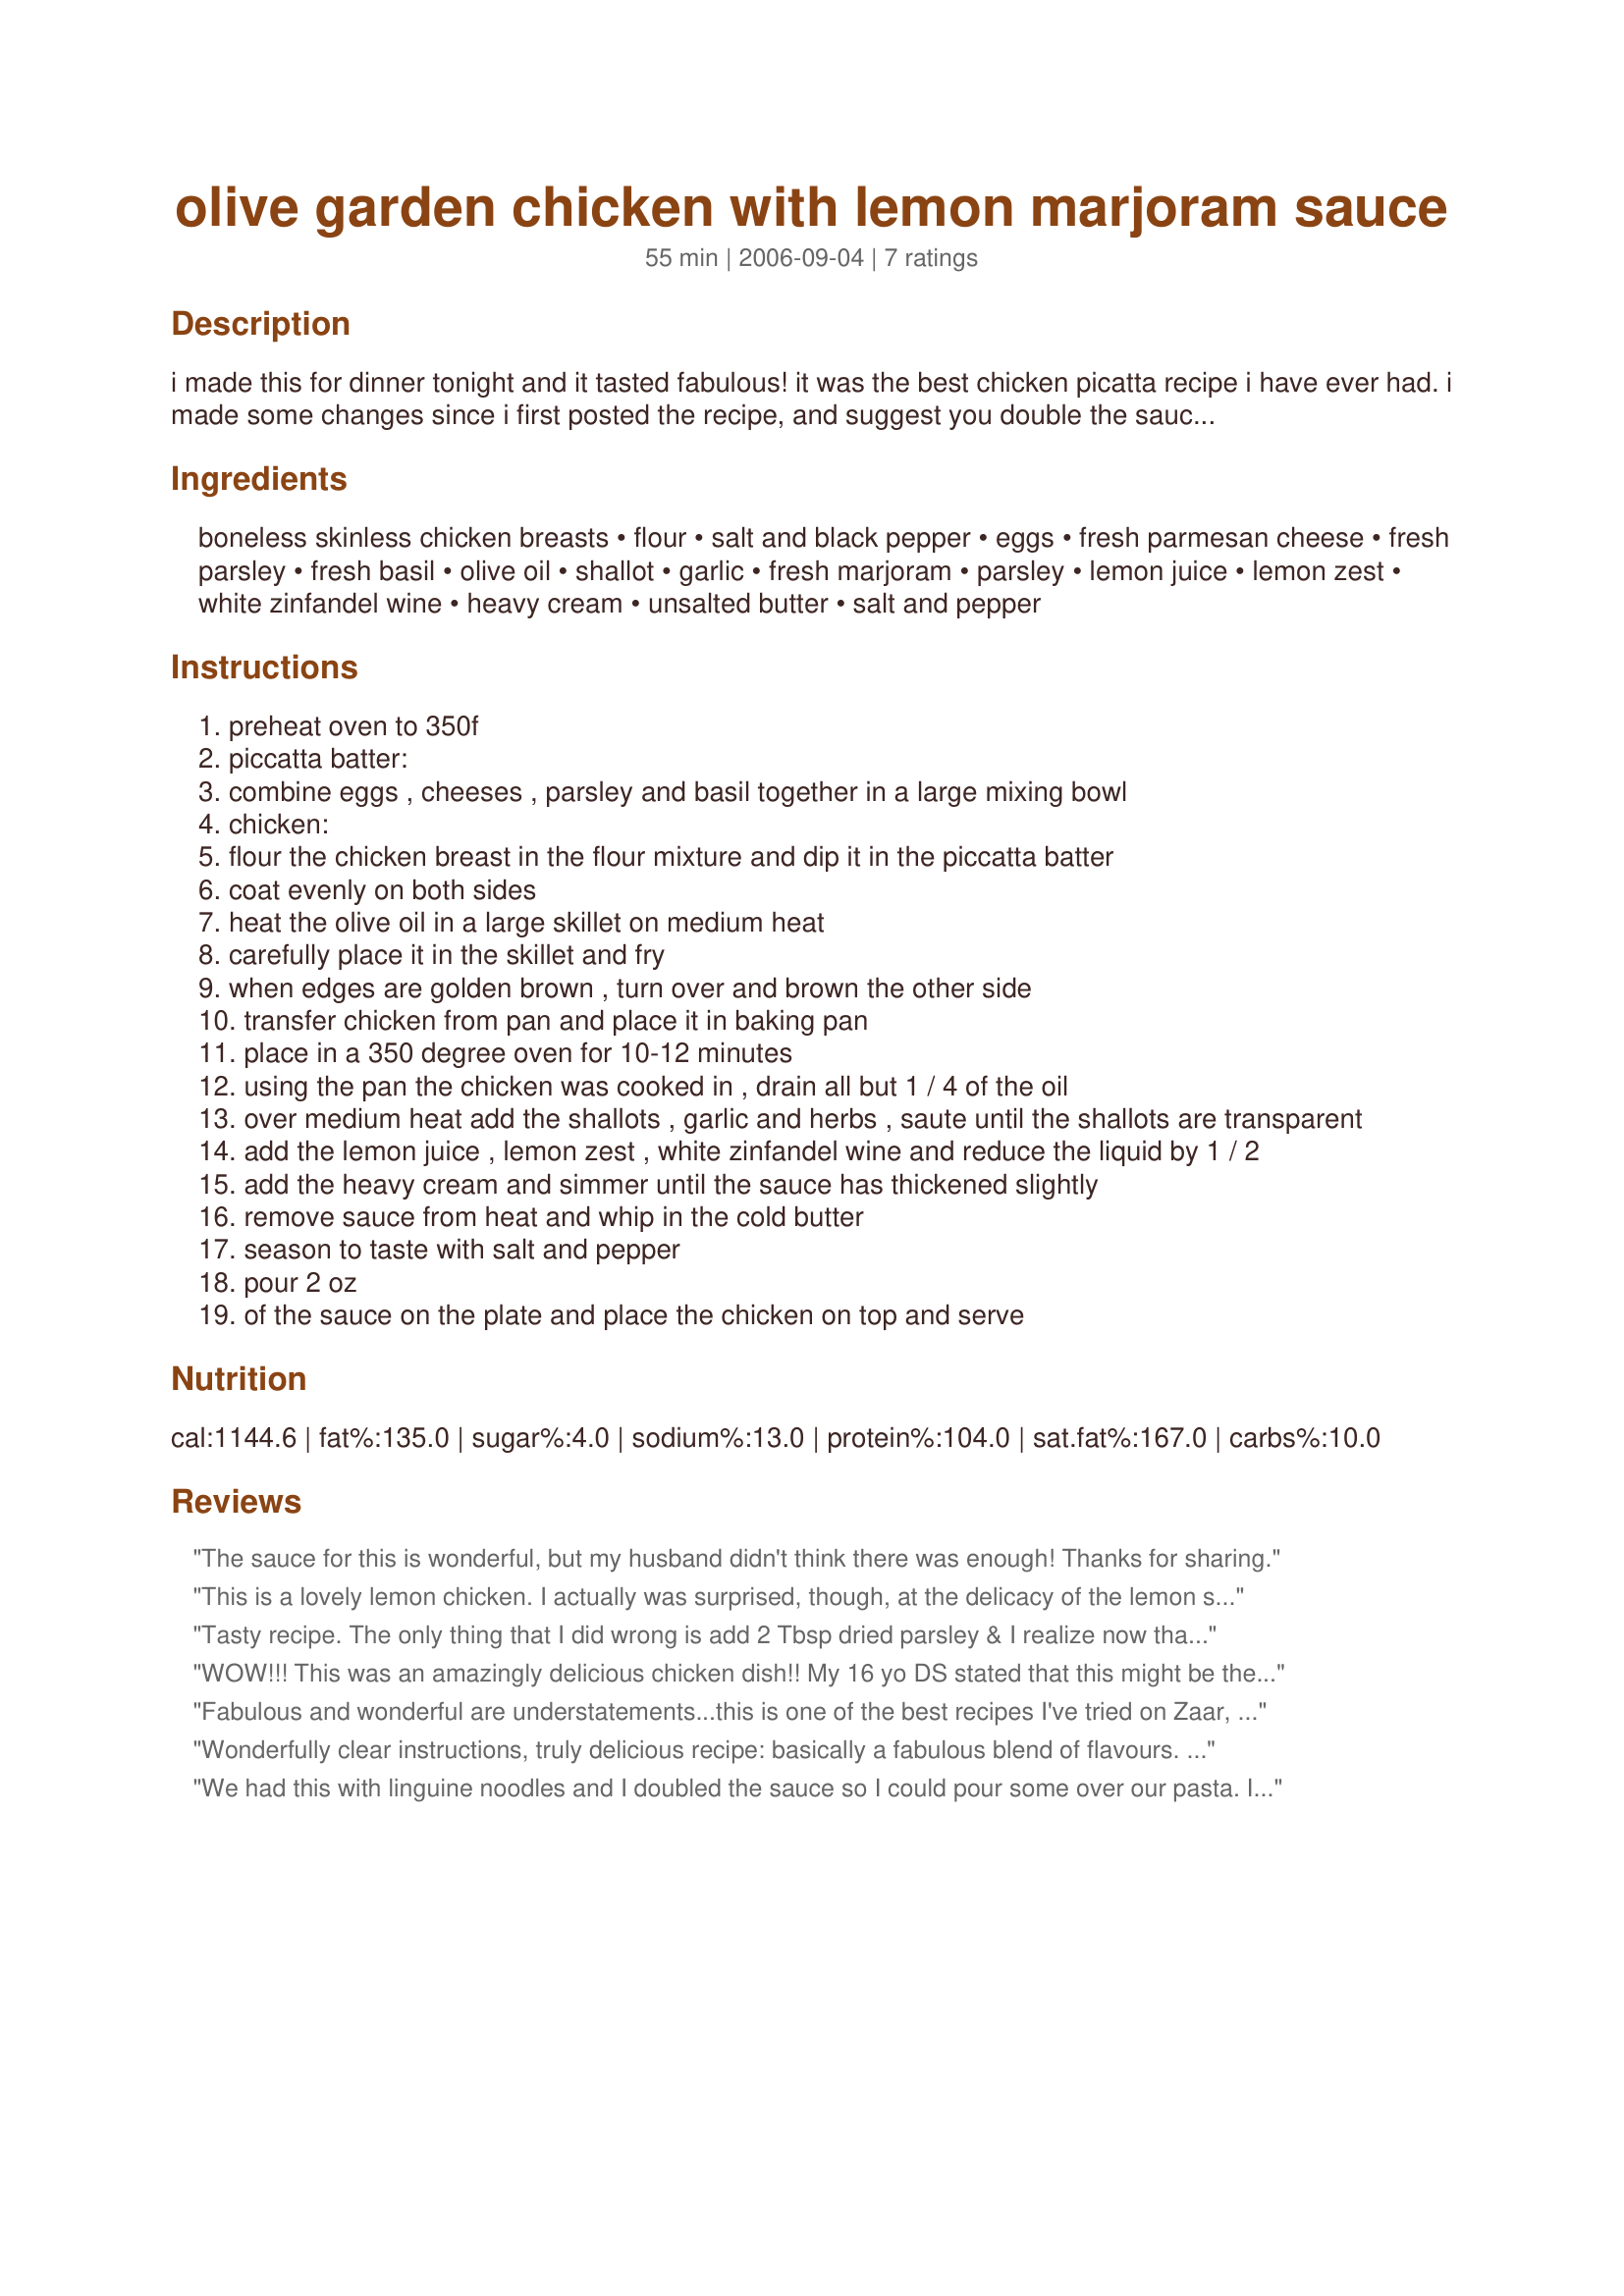
olive garden chicken with lemon marjoram sauce
Preparation time: 55 minutes

i made this for dinner tonight and it tasted fabulous! it was the best chicken picatta recipe i have ever had. i made some changes since i first posted the recipe, and suggest you double the sauce if you want to top pasta in addition to the chicken. personally, i serve it with garlic mashed potatoes. (i save the little garlic containers i get from papa john's pizza and mash them into my potatoes -- easy and yummy)

Ingredients:
boneless skinless chicken breasts, flour, salt and black pepper, eggs, fresh parmesan cheese, fresh parsley, fresh basil, olive oil, shallot, garlic, fresh marjoram, parsley, lemon juice, lemon zest, white zinfandel wine, heavy cream, unsalted butter, salt and pepper

Steps:
preheat oven to 350f
piccatta batter:
combine eggs , cheeses , parsley and basil together in a large mixing bowl
chicken:
flour the chicken breast in the flour mixture and dip it in the piccatta batter
coat evenly on both sides
heat the olive oil in a large skillet on medium heat
carefully place it in the skillet and fry
when edges are golden brown , turn over and brown the other side
transfer chicken from pan and place it in baking pan
place in a 350 degree oven for 10-12 minutes
using the pan the chicken was cooked in , drain all but 1 / 4 of the oil
over medium heat add the shallots , garlic and herbs , saute until the shallots are transparent
add the lemon juice , lemon zest , white zinfandel wine and reduce the liquid by 1 / 2
add the heavy cream and simmer until the sauce has thickened slightly
remove sauce from heat and whip in the cold butter
season to taste with salt and pepper
pour 2 oz
of the sauce on the plate and place the chicken on top and serve

Reviews:
The sauce for this is wonderful, but my husband didn't think there was enough! Thanks for sharing.
This is a lovely lemon chicken. I actually was surprised, though, at the delicacy of the lemon sauce--the lemon flavor definitely is muted by the cream. I may have overcooked the chicken breasts because the result was pretty dry. I shall make this again and bake them less long.
Tasty recipe. The only thing that I did wrong is add 2 Tbsp dried parsley & I realize now that it s/b 2 Tbsp fresh. I changed a couple things; sub'd yogurt for the heavy cream, cut the butter by 1/2 & added 1/4 tsp of essence seasoning to the flour mixture. I ran short of piccatta batter (& was out of eggs) so I added abit of milk/yogurt to finish the chicken pieces at the end. I guessed & went alit heavy on the lemon zest so it turned out abit tart so I will be more careful the next time I make this one. Fairly easy recipe to make & well worth the time & effort when you taste all the flavours that go into this dish, thanks for sharing.
WOW!!! This was an amazingly delicious chicken dish!! My 16 yo DS stated that this might be the best chicken I have ever made before!! I used 4 chicken cutlets (less than 24 ounces) but kept all the sauce ingredients at the amounts written. I didn't have the fresh herbs so subbed dry and used a white Chardonay wine. I served this fettucine alfredo, green beans and cuban bread. I had plenty of sauce to serve with just the chicken but if I were serving it over pasta would double or triple the sauce. I didn't feel the cream overpowered the lemon flavor at all, but I also made sure to reduce the wine/lemon mixture to concentrate their flavors before adding the cream and feel the lemon zest is essential to the sauce for the added lemon flavor. This will now become part of our family's monthly rotation. Thanks so much for sharing this recipe. Made for PRMR.
Fabulous and wonderful are understatements...this is one of the best recipes I've tried on Zaar, despite my lightening it up in many ways. The sauce should at least be doubled. There is not enough, especially if you wanted extra to put over mashed potatoes or pasta. This was my first time using fresh marjoram which I've been wanting to try since it's one of the highest rated antioxidant herbs, but I couldn't taste it; the lemon and wine are dominant flavors. By the way, Olive Garden doesn't have this on the menu--and this blows away anything you'd ever get there! Made in honor of a cancer survivor for A Taste of Yellow for Livestrong Day.
Wonderfully clear instructions, truly delicious recipe: basically a fabulous blend of flavours. Loved the balance of herbs and the citrus flavourings. I varied this only in that I used a low-fat cream, and really wouldn't want to change the recipe in any way at all. I heeded the advice of doubling the sauce and was SO glad that I'd done so. WOW! SO yummy! :) Thank you for sharing this super recipe! Made for Zaar Stars Tag.
We had this with linguine noodles and I doubled the sauce so I could pour some over our pasta. It was a sensational dish, with many flavors and we loved it very much!
